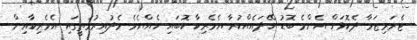
ޓެރަރިޒަމާ ދެކޮޅަށް އެންމެ ބޮޑު ހޭދައެއްކުރާ އެމެރިކާ ކޮބައި ހެއްޔެވެ މެދުއިރުމަތީގައި އެމެރިކާއިން